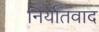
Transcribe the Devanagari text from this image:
निर्यातवाद